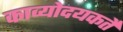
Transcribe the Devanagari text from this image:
काव्योदयकर्ते